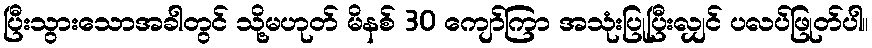
ပြီးသွားသောအခါတွင် သို့မဟုတ် မိနစ် 30 ကျော်ကြာ အသုံးပြုပြီးလျှင် ပလပ်ဖြုတ်ပါ။